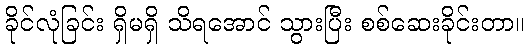
ခိုင်လုံခြင်း ရှိမရှိ သိရအောင် သွားပြီး စစ်ဆေးခိုင်းတာ။